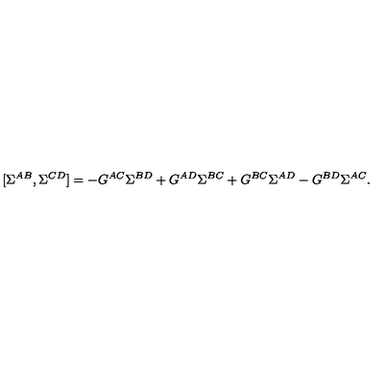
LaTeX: [ \Sigma ^ { A B } , \Sigma ^ { C D } ] = - G ^ { A C } \Sigma ^ { B D } + G ^ { A D } \Sigma ^ { B C } + G ^ { B C } \Sigma ^ { A D } - G ^ { B D } \Sigma ^ { A C } .